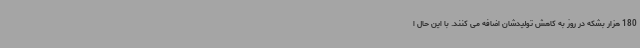
180 هزار بشکه در روز به کاهش تولیدشان اضافه می کنند. با این حال ا